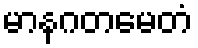
မာနဂတမေတံ